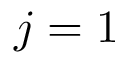
j = 1